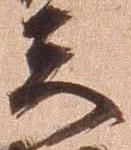
夫